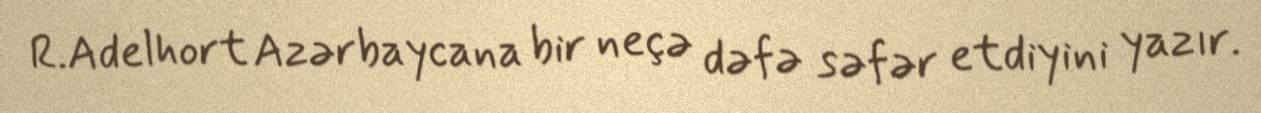
R.Adelhort Azərbaycana bir neçə dəfə səfər etdiyini yazır.